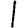
Digit: 1